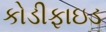
કોડીફાઇડ